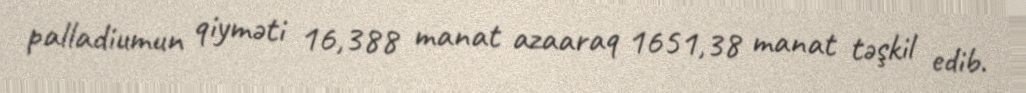
palladiumun qiyməti 16,388 manat azaaraq 1651,38 manat təşkil edib.